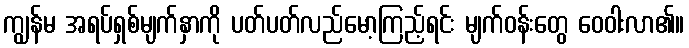
ကျွန်မ အရပ်ရှစ်မျက်နှာကို ပတ်ပတ်လည်မော့ကြည့်ရင်း မျက်ဝန်းတွေ ဝေဝါးလာ၏။